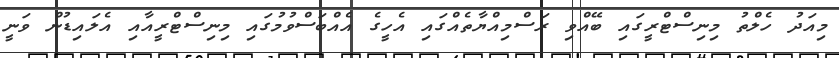
މިއަދު ހެލްތު މިނިސްޓްރީގައި ބޭއްވި ރަސްމިއްޔާތެއްގައި އެހީގެ އެއްބަސްވުމުގައި މިނިސްޓްރީއާއި އެލައިޑުން ވަނީ